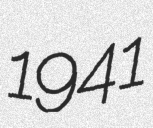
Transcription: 1941